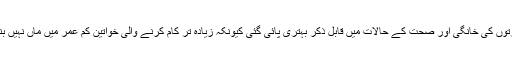
خانگی اور صحت سے متعلق پیمانوں میں بھی مزدور عورتوں کی خانگی اور صحت کے حالات میں قابل ذکر بہتری پائی گئی کیونکہ زیادہ تر کام کرنے والی خواتین کم عمر میں ماں نہیں بنتیں، ان کے بچوں کے درمیان کا فرق بھی صحیح ہوتا ہے۔